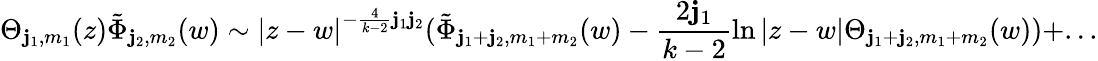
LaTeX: \Theta_{\mathbf{j}_{1},m_{1}}(z)\tilde{{\Phi}}_{\mathbf{j}_{2},m_{2}}(w)\sim\left|z-w\right|^{-\frac{4}{{k-2}}\mathbf{j}_{1}\mathbf{j}_{2}}(\tilde{{\Phi}}_{\mathbf{j}_{1}+\mathbf{j}_{2},m_{1}+m_{2}}(w)-\frac{{2\mathbf{j}_{1}}}{{k-2}}\ln\left|z-w\right|\Theta_{\mathbf{j}_{1}+\mathbf{j}_{2},m_{1}+m_{2}}(w))+...